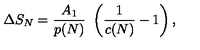
\Delta S _ { N } = { \frac { A _ { 1 } } { p ( N ) } } \ \left( { \frac { 1 } { c ( N ) } } - 1 \right) ,